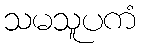
သမသူပကံ